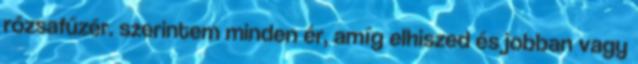
rózsafűzér. szerintem minden ér, amíg elhiszed és jobban vagy